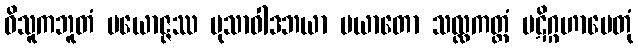
ဝိသူကဘူတံ ပယောဇ္ဇဿ မုသာဝါဒဘယာ ပယာတော သလ္လကတ္တံ ပဋိဂ္ဂဟာပေတုံ